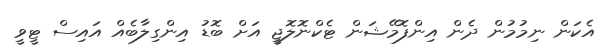
އެކަން ނިމުމުން ދެން އިންފޮމޭޝަން ޓެކްނޮލޮޖީ އަށް ބޮޑު އިންގިލާބެއް އައިސް ޓީވީ